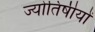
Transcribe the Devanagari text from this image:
ज्योतिषीयों